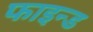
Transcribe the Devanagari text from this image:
फाइन्ड